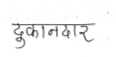
मजकूर: दुकानदार